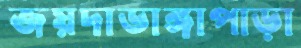
জয়দাডাঙ্গাপাড়া